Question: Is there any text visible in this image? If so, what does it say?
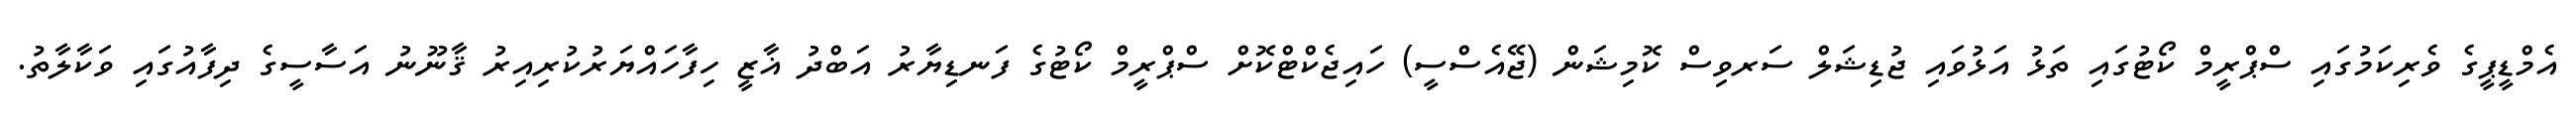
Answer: އެމްޑީޕީގެ ވެރިކަމުގައި ސްޕްރީމް ކޯޓުގައި ތަޅު އަޅުވައި ޖުޑިޝަލް ސަރވިސް ކޮމިޝަން (ޖޭއެސްސީ) ހައިޖެކްޓްކޮށް ސްޕްރީމް ކޯޓުގެ ފަނޑިޔާރު އަބްދު ޣާޒީ ހިފާހައްޔަރުކުރިއިރު ޤާނޫނު އަސާސީގެ ދިފާއުގައި ވަކާލާތު.